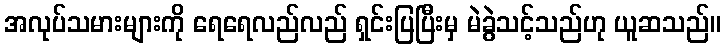
အလုပ်သမားများကို ရေရေလည်လည် ရှင်းပြပြီးမှ မဲခွဲသင့်သည်ဟု ယူဆသည်။